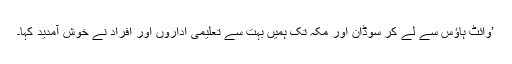
’وائٹ ہاؤس سے لے کر سوڈان اور مکہ تک ہمیں بہت سے تعلیمی اداروں اور افراد نے خوش آمدید کہا۔